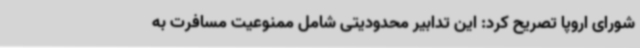
شورای اروپا تصریح کرد: این تدابیر محدودیتی شامل ممنوعیت مسافرت به